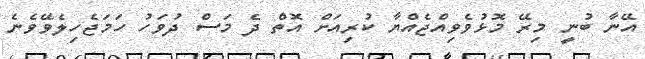
އޭނާ ބުނީ މިރޭ މޮޅުވެވިއްޖެއްޔާ ކުރިއަށް އޮތް ދެ މަސް ދުވަހު ހަމަޖެހިލެވޭވެނެ